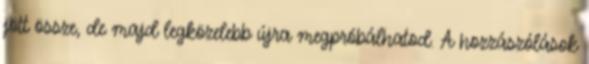
jött össze, de majd legközelebb újra megpróbálhatod. A hozzászólások